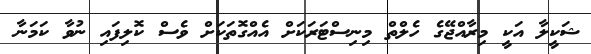
ޝަކީލާ އަކީ މިރާއްޖޭގެ ހެލްތް މިނިސްޓަރަކަށް އެއްގޮތަކަށް ވެސް ކޮލިފައި ނުވާ ކަމަނާ